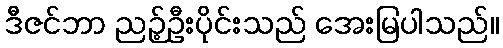
ဒီဇင်ဘာ ညဉ့်ဦးပိုင်းသည် အေးမြပါသည်။